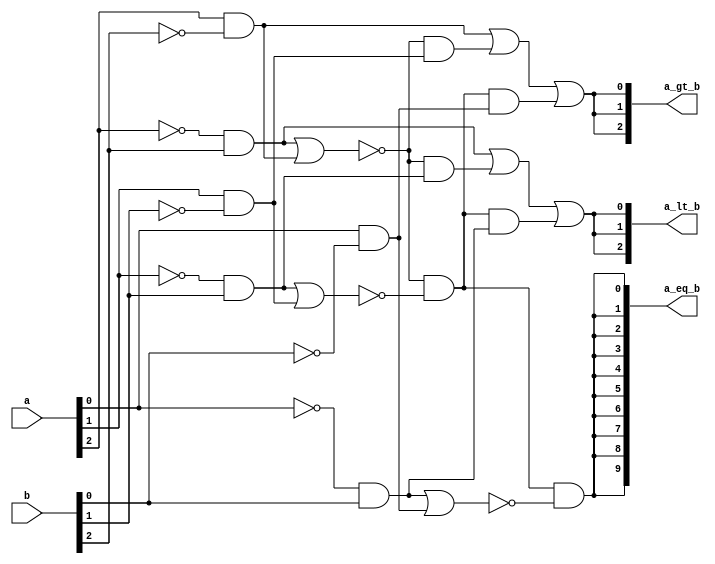
`timescale 1ns/1ps

module Comparator_3bits (a, b, a_lt_b, a_gt_b, a_eq_b);
input [3-1:0] a, b;
output [2:0]a_lt_b;
output [2:0]a_gt_b;
output [9:0]a_eq_b;

wire [2:0] anb, abn , aeqb;
wire [2:0] a_not, b_not;

not(a_not[0], a[0]);
not(a_not[1], a[1]);
not(a_not[2], a[2]);
not(b_not[0], b[0]);
not(b_not[1], b[1]);
not(b_not[2], b[2]);

and(anb[0], a_not[0], b[0]);
and(anb[1], a_not[1], b[1]);
and(anb[2], a_not[2], b[2]);
and(abn[0], a[0], b_not[0]);
and(abn[1], a[1], b_not[1]);
and(abn[2], a[2], b_not[2]);

nor(aeqb[0], anb[0], abn[0]);
nor(aeqb[1], anb[1], abn[1]);
nor(aeqb[2], anb[2], abn[2]);


wire [5:0]bf;

// tackle a > b
and(bf[0], aeqb[2], abn[1]);
and(bf[1], aeqb[2], aeqb[1], abn[0]);

or(a_gt_b[2], abn[2], bf[0], bf[1]);
or(a_gt_b[1], abn[2], bf[0], bf[1]);
or(a_gt_b[0], abn[2], bf[0], bf[1]);

// tackle a < b
and(bf[2], aeqb[2], anb[1]);
and(bf[3], aeqb[2], aeqb[1], anb[0]);

or(a_lt_b[2], anb[2], bf[2], bf[3]);
or(a_lt_b[1], anb[2], bf[2], bf[3]);
or(a_lt_b[0], anb[2], bf[2], bf[3]);

// tackle a == b
and(a_eq_b[0], aeqb[2], aeqb[1], aeqb[0]);
and(a_eq_b[1], aeqb[2], aeqb[1], aeqb[0]);
and(a_eq_b[2], aeqb[2], aeqb[1], aeqb[0]);
and(a_eq_b[3], aeqb[2], aeqb[1], aeqb[0]);
and(a_eq_b[4], aeqb[2], aeqb[1], aeqb[0]);
and(a_eq_b[5], aeqb[2], aeqb[1], aeqb[0]);
and(a_eq_b[6], aeqb[2], aeqb[1], aeqb[0]);
and(a_eq_b[7], aeqb[2], aeqb[1], aeqb[0]);
and(a_eq_b[8], aeqb[2], aeqb[1], aeqb[0]);
and(a_eq_b[9], aeqb[2], aeqb[1], aeqb[0]);

endmodule